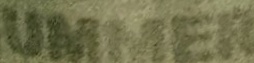
UMMER